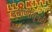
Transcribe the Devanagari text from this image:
दुर्बीणींतूनही